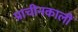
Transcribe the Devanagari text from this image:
प्राचीनकालीं